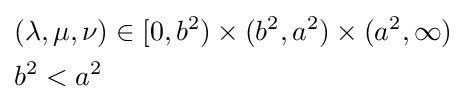
{\begin{aligned}&(\lambda ,\mu ,\nu )\in [0,b^{2})\times (b^{2},a^{2})\times (a^{2},\infty )\\&b^{2}<a^{2}\end{aligned}}